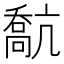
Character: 𠿕